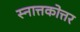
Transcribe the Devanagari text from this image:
स्नात्तकोत्तर